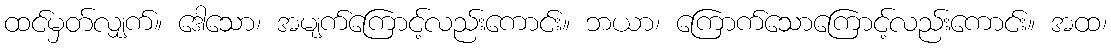
ထင်မှတ်လျှက်။ ဒေါသော၊ အမျက်ကြောင့်လည်းကောင်း။ ဘယာ၊ ကြောက်သောကြောင့်လည်းကောင်း။ အထ၊